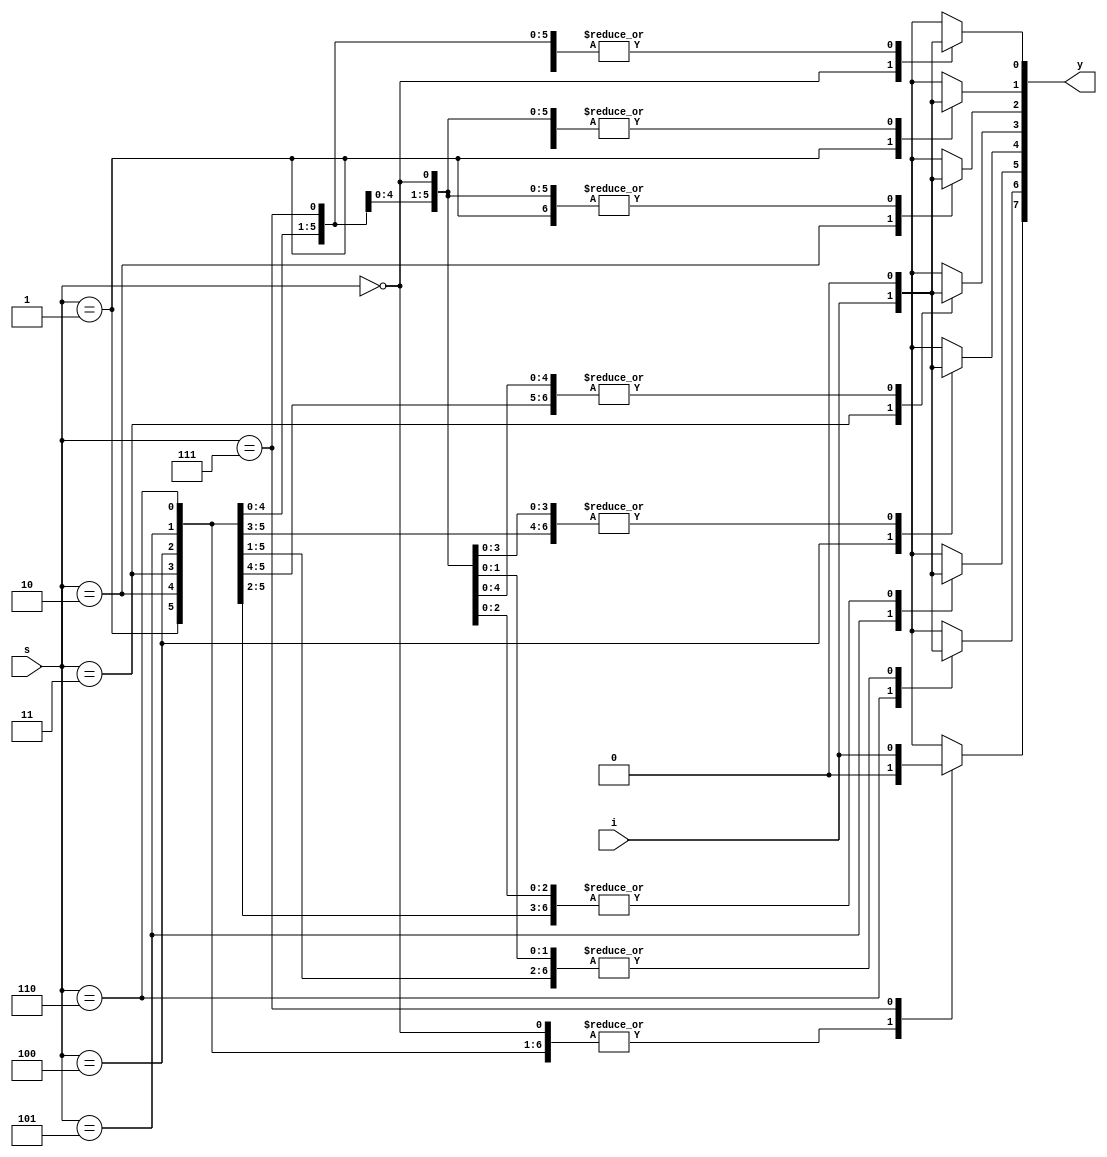

`timescale 1ns / 1ps

module demux_1x8(
    output reg [7:0]y,
    input i,
    input [2:0] s
    );
    always@(*)
    begin
        y=0;
        case(s)
            3'b000: y[0]=i;
            3'b001: y[1]=i;
            3'b010: y[2]=i;
            3'b011: y[3]=i;
            3'b100: y[4]=i;
            3'b101: y[5]=i;
            3'b110: y[6]=i;
            3'b111: y[7]=i;
            default: y[7:0]=8'bx;
        endcase
    end
endmodule
























































































/*module demux1_8(input a, input [2:0]s,output [7:0]y);
reg [7:0]y;
always@(*)
begin
case({s[2],s[1],s[0]})
3'b000:y[0]=a;
3'b001:y[1]=a;
3'b010:y[2]=a;
3'b011:y[3]=a;
3'b100:y[4]=a;
3'b101:y[5]=a;
3'b110:y[6]=a;
3'b111:y[7]=a;
default:y=0;
endcase
end
endmodule*/